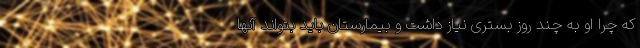
که چرا او به چند روز بستری نیاز داشت و بیمارستان باید بتواند آنها